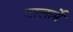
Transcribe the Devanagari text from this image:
मालार्मे